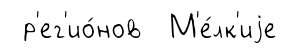
р'ег'ио́нов М'е́лк'иjе